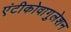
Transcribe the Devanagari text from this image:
एंटीकोवागुलेशन